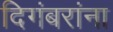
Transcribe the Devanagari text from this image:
दिगंबरांना